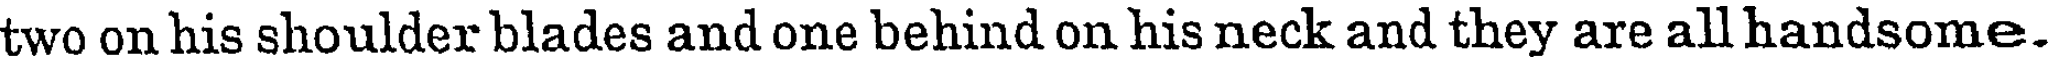
two on his shoulder blades and one behind on his neck and they are all handsome.